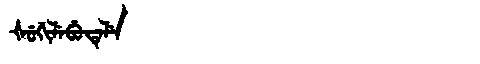
Manchu: ᡧᡠᡤᡳᠯᡝᠪᡠᡨᡝᠯᡝ
Romanization: ŠUGILEBUTELE